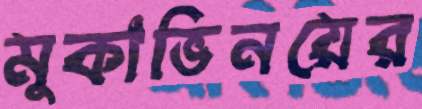
মুকাভিনয়ের